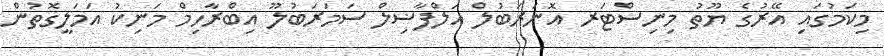
މިކަމުގައި އޭރުގެ ޔޫތު މިނިސްޓަރ އޮނަރަބުލް އަލްފާޟިލް ސަމަރަބުލޫ އިބްރާހިމް މަނިކު އަމަލީގޮތުން